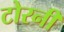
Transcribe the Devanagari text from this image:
टोरनी